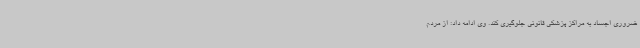
ضروری اجساد به مراکز پزشکی قانونی جلوگیری کند. وی ادامه داد: از مردم